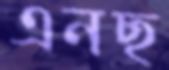
এনছ